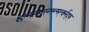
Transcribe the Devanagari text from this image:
क्ष्द्म्ल्ब्म्ब्च्म्ब्ल्म्ल्स्र्ल्क्ष्ल्द्फ्